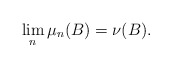
\begin{align*}\lim_{n}\mu_{n}(B)=\nu(B).\end{align*}